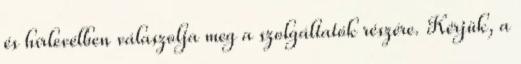
és hírlevélben válaszolja meg a szolgáltatók részére. Kérjük, a